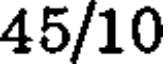
45/10